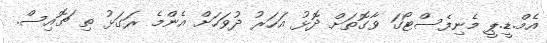
އެމް.ޑީ.ޕީ މެނިފެސްޓޯގަ ވާގޮތަށް ދޮޅު އަހަރު ދުވަހަށް އެންމެ ރަގަޅު ތި ޗޮއިސް.